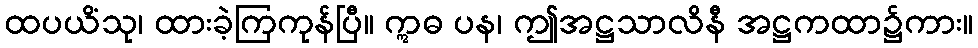
ထပယိံသု၊ ထားခဲ့ကြကုန်ပြီ။ ဣဓ ပန၊ ဤအဋ္ဌသာလိနီ အဋ္ဌကထာ၌ကား။